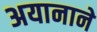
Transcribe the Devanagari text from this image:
अयानाने